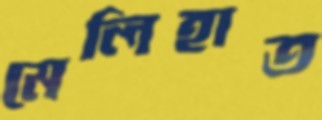
মেলিহাত